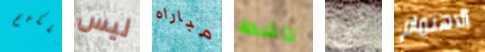
ملكهم ليس مباراه ناشط شئ الاهتمام